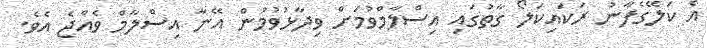
އެ ކަލޭގެފާނު ރަކައިކަލޯ ގާތުގައި އިސްލާމްވުމަށް ވިދާޅުވުމުން އޭނާ އިސްލާމް ވެއްޖެ އެވެ.